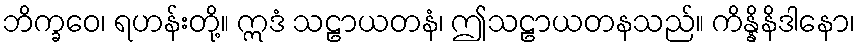
ဘိက္ခဝေ၊ ရဟန်းတို့။ ဣဒံ သဠာယတနံ၊ ဤသဠာယတနသည်။ ကိန္နိနိဒါနော၊